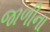
જાળીના